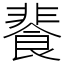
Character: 餥